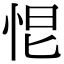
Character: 𢙃